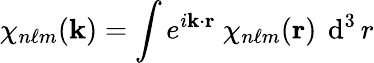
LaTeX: \chi_{n\ell m}({\mathbf{k}})=\int e^{i{\mathbf{k}}\cdot{\mathbf{r}}}~\chi_{n\ell m}({\mathbf{r}})~\operatorname{d}^{3}r